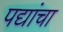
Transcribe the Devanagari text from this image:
पद्यांचा